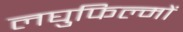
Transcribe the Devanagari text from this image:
लघुफिल्मों